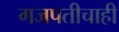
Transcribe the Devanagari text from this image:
गजपतीचाही